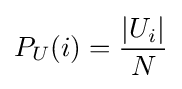
P_{U}(i)={\frac {|U_{i}|}{N}}